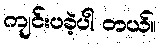
ကျင်းပခဲ့ပါ တယ်။